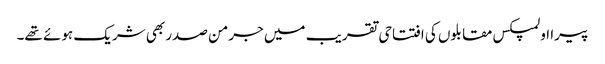
پیرا اولمپکس مقابلوں کی افتتاحی تقریب میں جرمن صدر بھی شریک ہوئے تھے۔